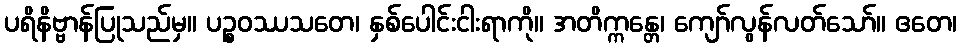
ပရိနိဗ္ဗာန်ပြုသည်မှ။ ပဉ္စဝဿသတေ၊ နှစ်ပေါင်းငါးရာကို။ အတိက္ကန္တေ၊ ကျော်လွန်လတ်သော်။ ဧတေ၊